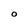
Character: O